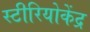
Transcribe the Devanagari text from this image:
स्टीरियोकेंद्र